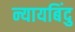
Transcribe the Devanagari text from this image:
न्यायबिंदु